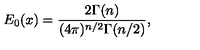
E _ { 0 } ( x ) = \frac { 2 \Gamma ( n ) } { ( 4 \pi ) ^ { n / 2 } \Gamma ( n / 2 ) } ,